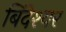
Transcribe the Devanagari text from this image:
बिंदेश्‍वर